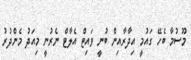
މޫސުމާ ބެހޭ ގައުމީ އިދާރާއިން ބުނީ ވައިޓް އެލާޓް ނެރުނީ މިއަދު މެންދުރު